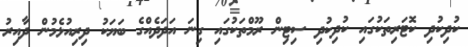
ކުދިކުދި ކޮޓަރިތަކުގައި ކުދިކުދި ސިޓިން ރޫމްތަކުގައި ގިނަ އަދަދެއްގެ ބަޔަކު ދިރިއުޅެމުން ދާއިރު